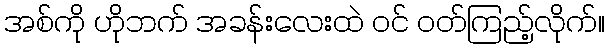
အစ်ကို ဟိုဘက် အခန်းလေးထဲ ဝင် ဝတ်ကြည့်လိုက်။